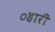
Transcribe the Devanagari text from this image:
०हारी